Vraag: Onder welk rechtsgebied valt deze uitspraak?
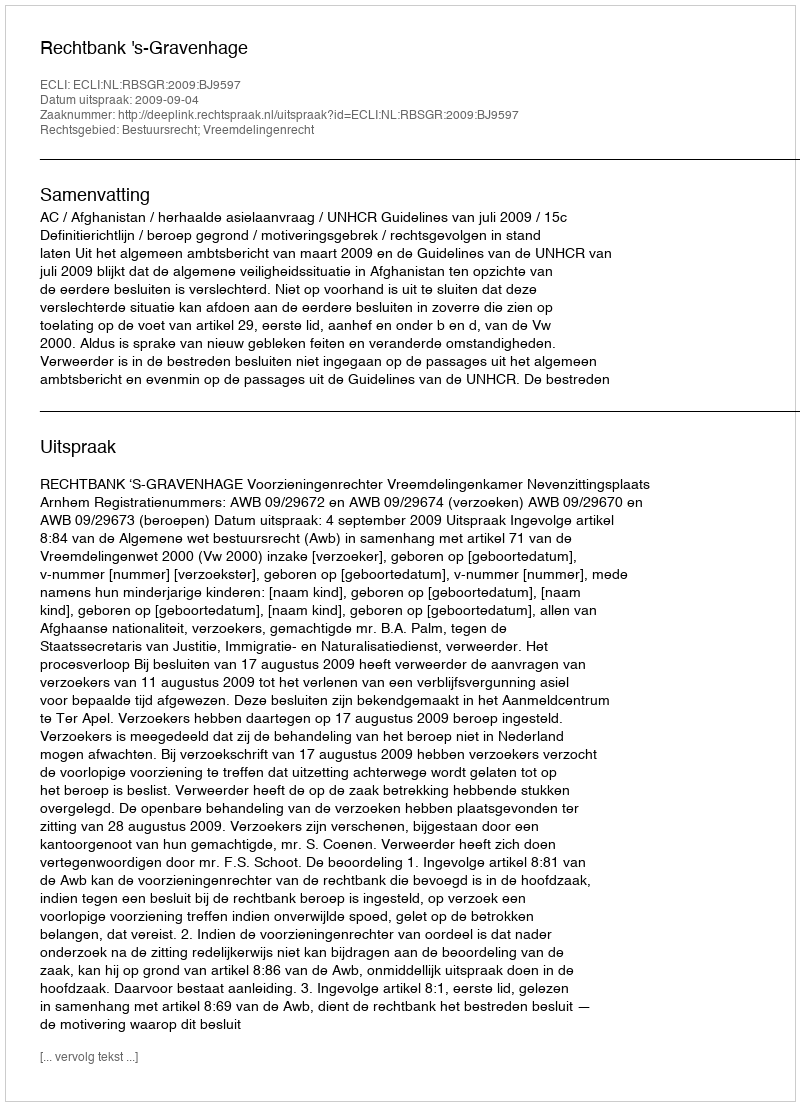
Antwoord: Bestuursrecht; Vreemdelingenrecht